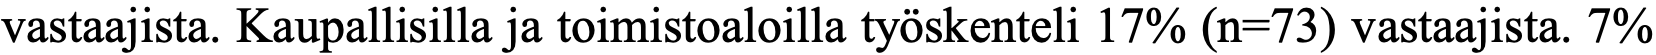
vastaajista. Kaupallisilla ja toimistoaloilla työskenteli 17% (n=73) vastaajista. 7%